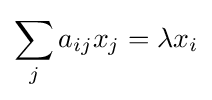
\sum _{j}a_{ij}x_{j}=\lambda x_{i}